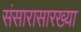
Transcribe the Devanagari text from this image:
संसारासारख्या